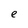
Character: e